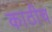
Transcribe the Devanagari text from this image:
काठीच